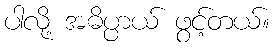
ပါလို့ အဓိပ္ပာယ် ဖွင့်တယ်။